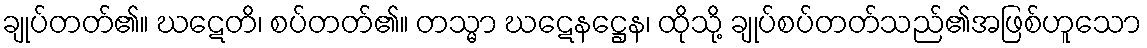
ချုပ်တတ်၏။ ဃဋေတိ၊ စပ်တတ်၏။ တသ္မာ ဃဋေနဋ္ဌေန၊ ထိုသို့ ချုပ်စပ်တတ်သည်၏အဖြစ်ဟူသော